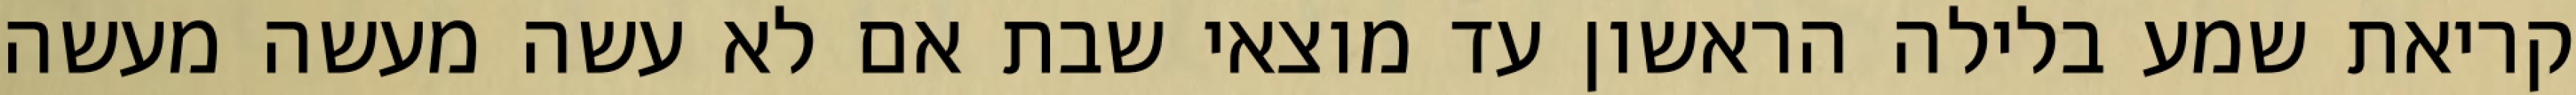
קריאת שמע בלילה הראשון עד מוצאי שבת אם לא עשה מעשה מעשה